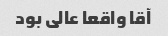
آقا واقعا عالی بود